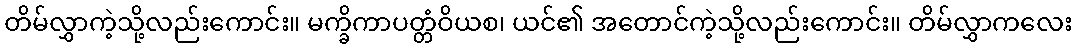
တိမ်လွှာကဲ့သို့လည်းကောင်း။ မက္ခိကာပတ္တံဝိယစ၊ ယင်၏ အတောင်ကဲ့သို့လည်းကောင်း။ တိမ်လွှာကလေး